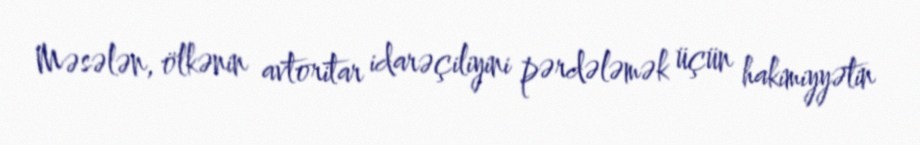
Məsələn, ölkənin avtoritar idarəçiliyini pərdələmək üçün hakimiyyətin